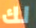
لك